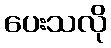
ပေးသလို